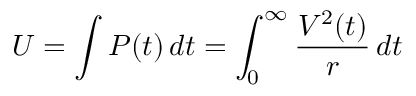
U = \int { P ( t ) \, d t } = \int _ { 0 } ^ { \infty } { \frac { V ^ { 2 } ( t ) } { r } \, d t } \,